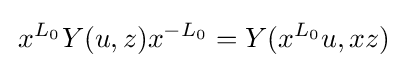
\,x^{L_{0}}Y(u,z)x^{-L_{0}}=Y(x^{L_{0}}u,xz)